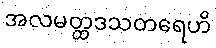
အလမတ္ထဒသတရေဟိ